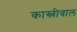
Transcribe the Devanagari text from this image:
कास्लीवाल